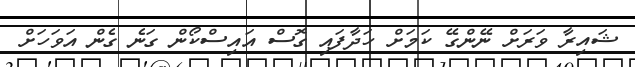
ޝައިރާ ވަރަށް ނޭންގޭ ކަމަށް ހަދާފައި ގޮސް އައިސްކޯން ގަނެ ގެން އަވަހަށް